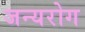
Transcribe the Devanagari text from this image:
जन्‍यरोग